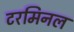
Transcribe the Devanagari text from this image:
टरमिनल